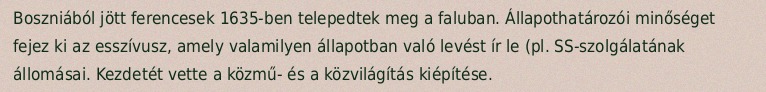
Boszniából jött ferencesek 1635-ben telepedtek meg a faluban. Állapothatározói minőséget fejez ki az esszívusz, amely valamilyen állapotban való levést ír le (pl. SS-szolgálatának állomásai. Kezdetét vette a közmű- és a közvilágítás kiépítése.